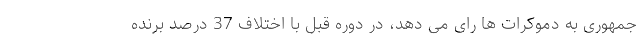
جمهوری به دموکرات ها رای می دهد، در دوره قبل با اختلاف 37 درصد برنده